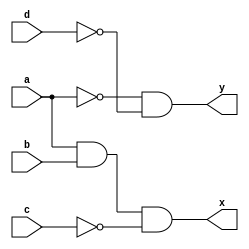
module clb_gg(
	input a,
	input b,
	input c,
	input d,
	output x,
	output y
);

	wire f, g;
	
	assign f = ~a & ~d;
	assign g = a & b & ~c;
	assign x = g;
	assign y = f;
	
endmodule